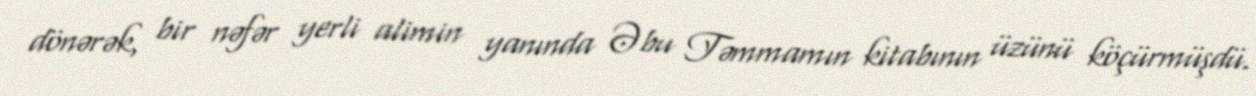
dönərək, bir nəfər yerli alimin yanında Əbu Təmmamın kitabının üzünü köçürmüşdü.